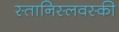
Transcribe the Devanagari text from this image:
स्तानिस्लवस्की